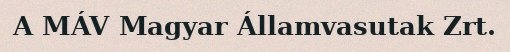
A MÁV Magyar Államvasutak Zrt.